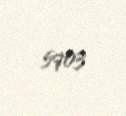
5903